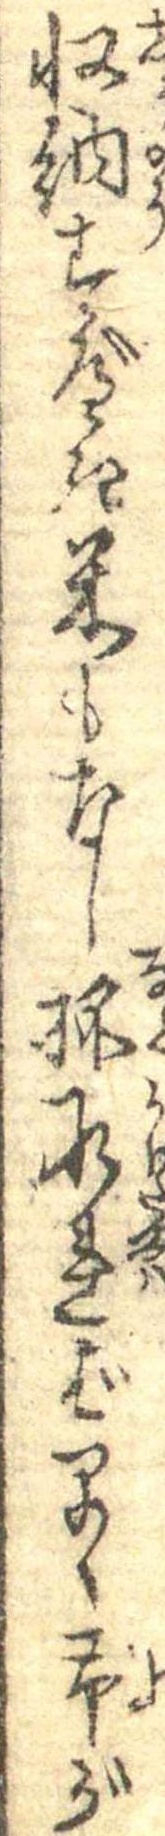
収納すべき米もなし抔承れば早く予が